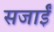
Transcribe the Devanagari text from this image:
सजाईं